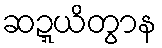
ဆဍ္ဍယိတွာန